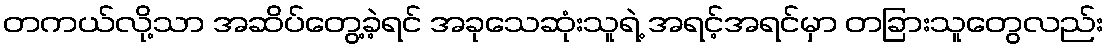
တကယ်လို့သာ အဆိပ်တွေ့ခဲ့ရင် အခုသေဆုံးသူရဲ့ အရင့်အရင်မှာ တခြားသူတွေလည်း